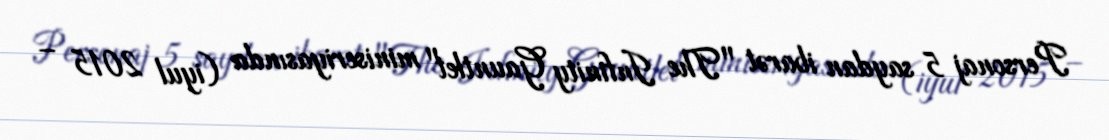
Personaj 5 saydan ibarət "The Infinity Gauntlet" miniseriyasında (iyul 2015 –